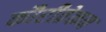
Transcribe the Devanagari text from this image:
कौरीव्रेकन